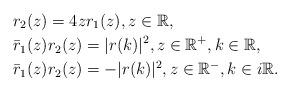
LaTeX: \begin{align*}&r_2(z)=4 z r_1(z), z \in \mathbb{R},\\&\bar{r}_1(z) r_2(z)=|r(k)|^2, z \in \mathbb{R}^{+}, k \in \mathbb{R}, \\& \bar{r}_1(z)r_2(z)=-|r(k)|^{2}, z \in \mathbb{R}^{-}, k \in i \mathbb{R}.\end{align*}